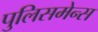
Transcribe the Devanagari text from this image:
पुलिसमेन्स